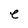
Character: e